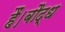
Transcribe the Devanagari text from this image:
हैं।बौद्ध